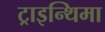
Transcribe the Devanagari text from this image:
ट्राइन्थिमा